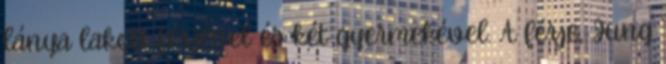
lánya lakott férjével és két gyermekével. A férje, Jung